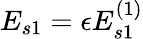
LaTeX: E_{s1}=\epsilon E_{s1}^{(1)}